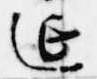
延